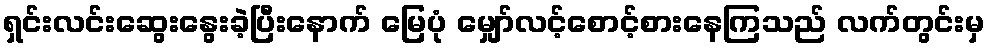
ရှင်းလင်းဆွေးနွေးခဲ့ပြီးနောက် မြေပုံ မျှော်လင့်စောင့်စားနေကြသည် လက်တွင်းမှ